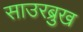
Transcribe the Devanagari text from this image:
साउरब्रुख